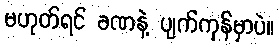
မဟုတ်ရင် ခဏနဲ့ ပျက်ကုန်မှာပဲ။